King Institute of Preventive Medicine Bacteriolog. Section reports 1907-08
Year: 1907
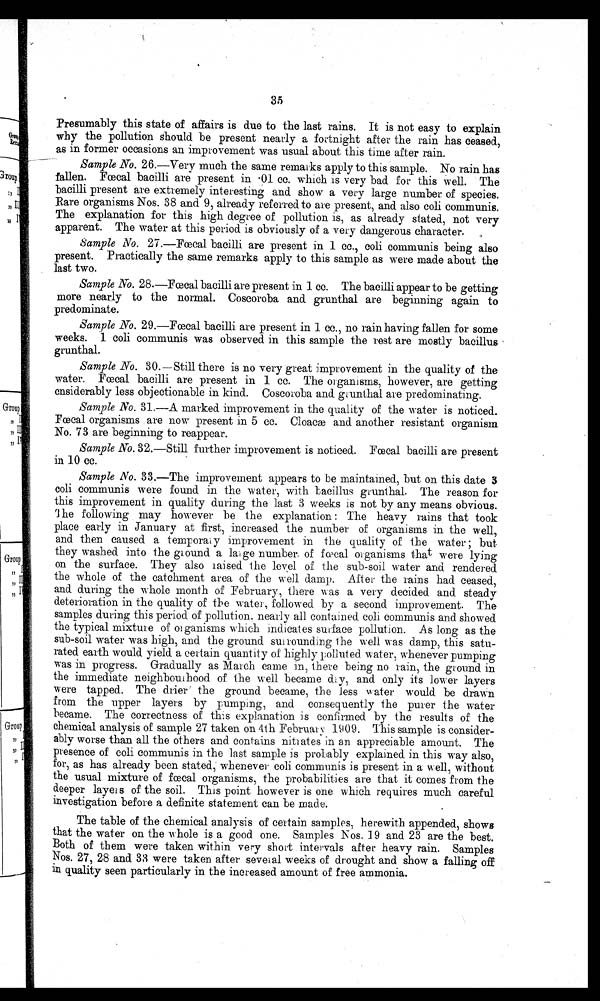
35
Presumably this state of affairs is due to the last rains. It is not easy to explain
why the pollution should be present nearly a fortnight after the rain has ceased,
as in former occasions an improvement was usual about this time after rain.
Sample No. 26.—Very much the same remarks apply to this sample. No rain has
fallen. Fcal bacilli are present in .01 cc. which is very bad for this Well. The
bacilli present are extremely interesting and show a very large number of species.
Rare organisms Nos. 38 and 9, already referred to are present, and also coli communis.
The explanation for this high degree of pollution is, as already stated, not very
apparent. The water at this period is obviously of a very dangerous character.
Sample No. 27.-Fcal bacilli are present in 1 cc., eoli communis being also
present. Practically the same remarks apply to this sample as were made about the
last two.
Sample No. 2 8 . — F œ c a l b a c i l l i a r e p r e s e n t i n 1 c c . T h e b a c i l l i a p p e a r t o b e g e t t i n g
more nearly to the normal. Coscoroba and grunthal are beginning again to
predominate.
Sample No. 29.—Focal bacilli are present in 1 cc., no rain having fallen for some
weeks. 1 coli communis was observed in this sample the rest are mostly bacillus
grunthal.
Sample No. 30.—Still there is no very great improvement in the quality of the
water. Fecal bacilli are present in 1 cc. The organisms, however, are getting
cnsiderably less objectionable in kind. Coscoroba and grunthal are predominating.
Sample No. 31.—A marked improvement in the quality of the water is noticed.
Fecal organisms . are now present in 5 cc. Cloaca and another resistant organism
No. 73 are beginning to reappear.
Sample No. 32.—Still further improvement is noticed. Fcal bacilli are present
in 10 cc.
Sample No. 33.—The improvement appears to be maintained, but on this date 3
coli communis were found in the water, with bacillus grunthal. The reason for
this improvement in quality during the last 3 weeks is not by any means obvious.
The following may however be the explanation : The heavy rains that took
place early in January at first, increased the number of organisms in the well,
and then caused a temporary improvement in the quality of the water ;• but
they washed into the ground a large number, of fœ cal organisms that were lying
on the surface. They also laised the level of the sub-soil water and rendered
the whole of the catchment area of the well damp. After the rains had ceased,
and during the whole month of February, there was a very decided and steady
deterioration in the quality of the water, followed by a second improvement. The
samples during this period of pollution. nearly all contained cob communis and showed
the typical mixture of organisms which indicates surface pollution. As long as the
sub-soil water was high, and the ground surrounding the well was damp, this satu-
rated earth would yield a certain quantity of highly polluted water, whenever pumping
was in progress. Gradually as March came in, there being no rain, the ground in
the immediate neighbourhood of the well became thy, and only its lower layers
were tapped. The drier the ground became, the less water would be drawn
from the upper layers by pumping, and consequently the purer the water
became. The correctness of this explanation is confirmed by the results of the
chemical analysis of sample 27 taken on 4th February 1909. This sample is consider-
ably worse than all the others and contains nitrates in an appreciable amount. The
presence of coli communis in the last sample is probably explained in this way also,
for, as has already been stated, whenever coli communis is present in a well, without
the usual mixture of faecal organisms, the probabilities are that it comes from the
deeper layers of the soil. This point however is one which requires much careful
investigation before a definite statement can be made.
The table of the chemical analysis of certain samples, herewith appended, shows
that the water on the whole is a good one. Samples Nos. 19 and 23 are the best.
Both of them were taken within very short intervals after heavy rain. Samples
Nos. 27, 28 and 33 were taken after several weeks of drought and show a falling off
in quality seen particularly in the increased amount of free ammonia.